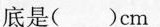
底是（ ）cm